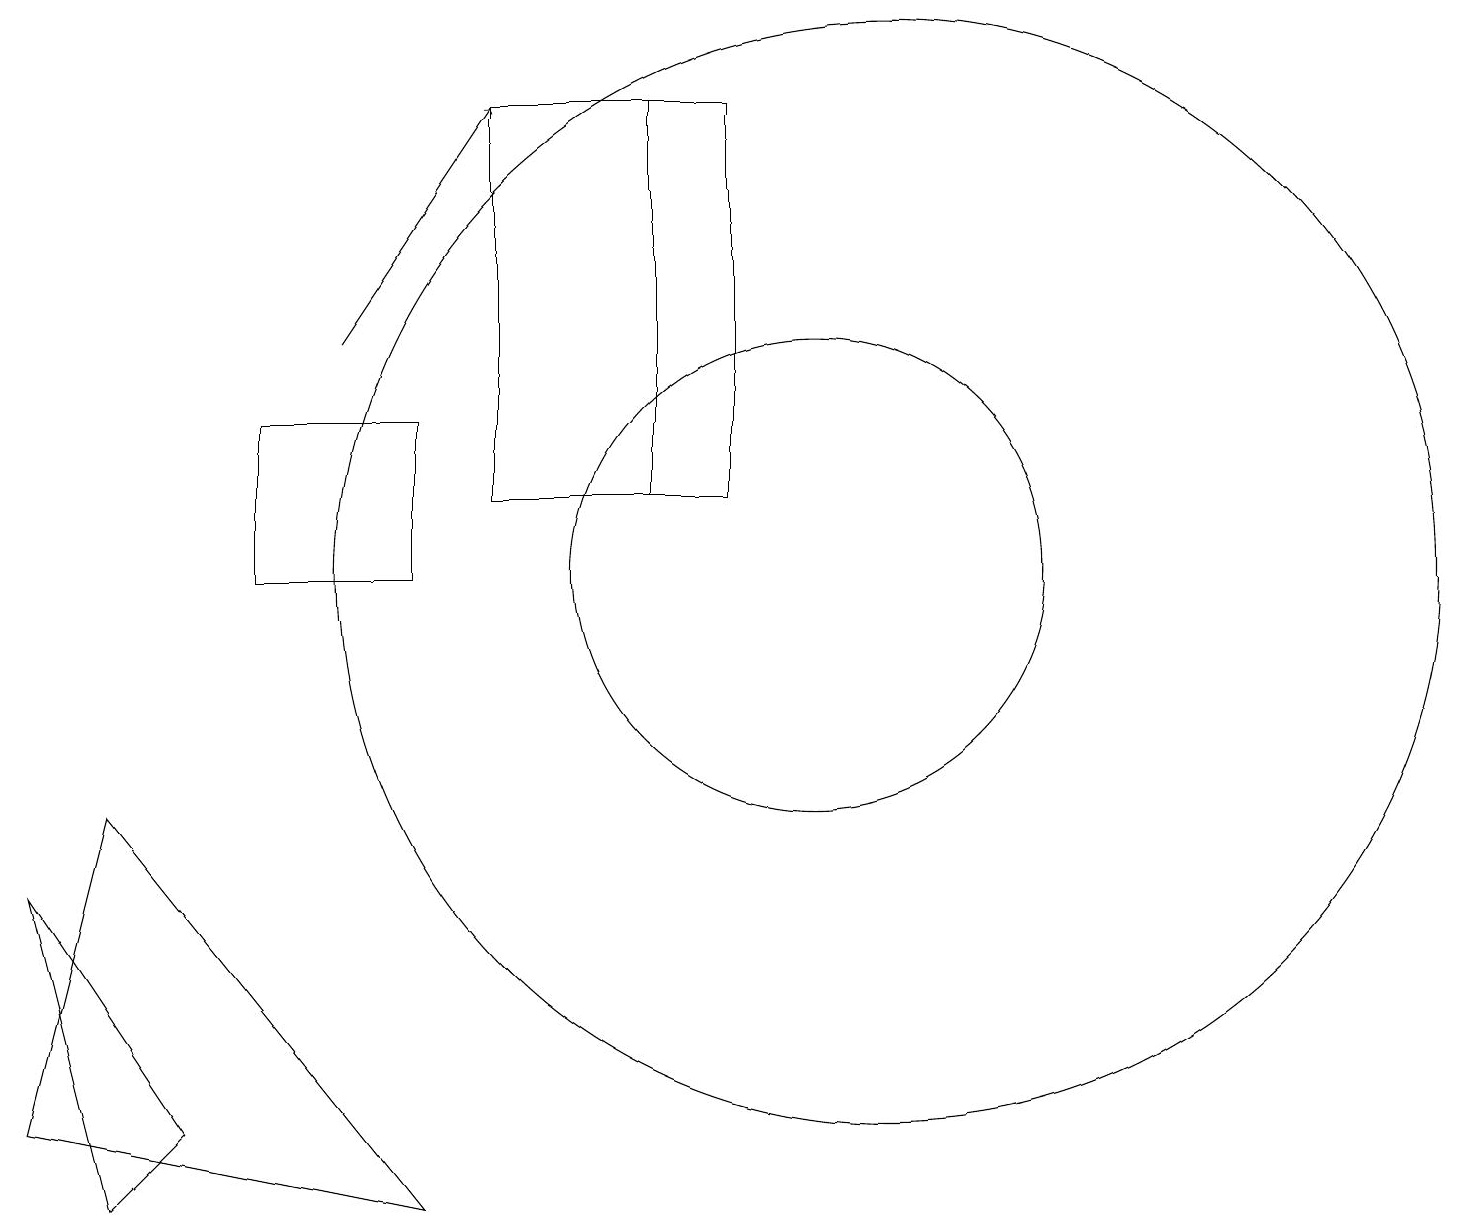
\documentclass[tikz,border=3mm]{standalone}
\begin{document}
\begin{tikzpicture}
\draw (10,12) circle (3);
\draw (9,13) rectangle (6,18);
\draw (2,5) -- (1,4) -- (0,8) -- cycle;
\draw (11,12) circle (7);
\draw (3,12) rectangle (5,14);
\draw (0,5) -- (1,9) -- (5,4) -- cycle;
\draw[->] (4,15) -- (6,18);
\draw (8,18) rectangle (9,13);
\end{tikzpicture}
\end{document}